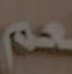
عم